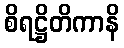
စိရဋ္ဌိတိကာနိ